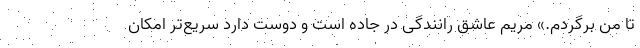
تا من برگردم.» مریم عاشق رانندگی در جاده است و دوست دارد سریع‌تر امکان